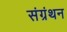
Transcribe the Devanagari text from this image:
संग्रंथन